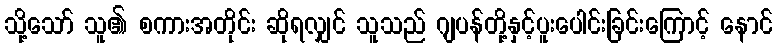
သို့သော် သူ၏ စကားအတိုင်း ဆိုရလျှင် သူသည် ဂျပန်တို့နှင့်ပူးပေါင်းခြင်းကြောင့် နောင်